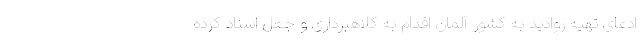
ادعای تهیه روادید به کشور آلمان اقدام به کلاهبرداری و جعل اسناد کرده